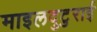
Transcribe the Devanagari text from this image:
माइलदुटुराई